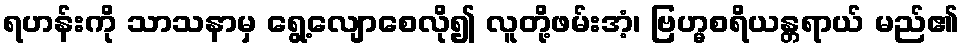
ရဟန်းကို သာသနာမှ ရွေ့လျောစေလို၍ လူတို့ဖမ်းအံ့၊ ဗြဟ္မစရိယန္တရာယ် မည်၏